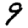
Digit: 9